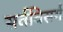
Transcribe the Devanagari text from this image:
सर्वविसर्ग